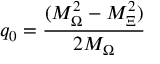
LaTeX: q _ { 0 } = \frac { ( M _ { \Omega } ^ { 2 } - M _ { \Xi } ^ { 2 } ) } { 2 M _ { \Omega } }